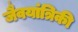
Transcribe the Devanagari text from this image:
जैवयांत्रिकी